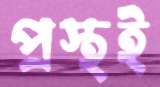
প্রস্থই